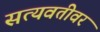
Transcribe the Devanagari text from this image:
सत्यवतीवर